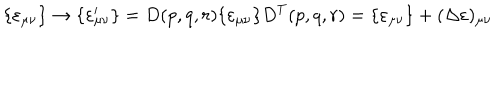
\{ \varepsilon _ { \mu \nu } \} \rightarrow \{ \varepsilon _ { \mu \nu } ^ { \prime } \} = D ( p , q , r ) \{ \varepsilon _ { \mu \nu } \} D ^ { T } ( p , q , r ) = \{ \varepsilon _ { \mu \nu } \} + ( \Delta \varepsilon ) _ { \mu \nu }